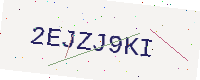
Text: 2EJZJ9KI